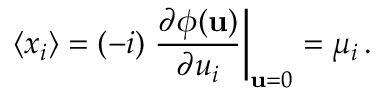
\langle x _ { i } \rangle = ( - i ) \left. { \frac { \partial \phi ( { \bf u } ) } { \partial u _ { i } } } \right| _ { { \bf u } = 0 } = \mu _ { i } \, .